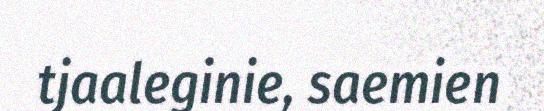
tjaaleginie, saemien